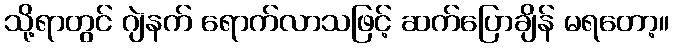
သို့ရာတွင် ဂျဲနက် ရောက်လာသဖြင့် ဆက်ပြောချိန် မရတော့။